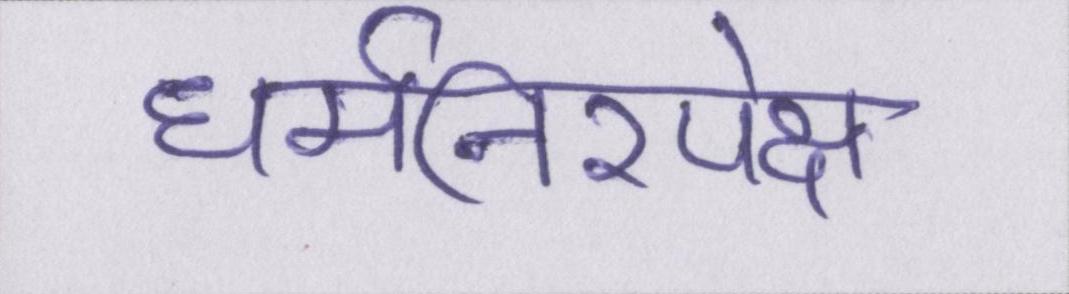
धर्मनिरपेक्ष